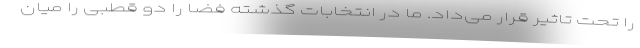
را تحت تاثیر قرار می‌داد. ما در انتخابات گذشته فضا را دو قطبی را میان